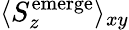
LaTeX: \langle S_{z}^{\mathrm{emerge}}\rangle_{xy}